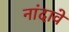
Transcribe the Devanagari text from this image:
नांदावे